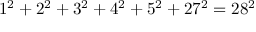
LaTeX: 1 ^ { 2 } + 2 ^ { 2 } + 3 ^ { 2 } + 4 ^ { 2 } + 5 ^ { 2 } + 2 7 ^ { 2 } = 2 8 ^ { 2 }